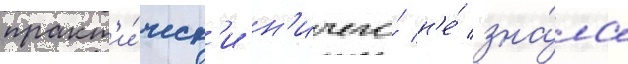
практ'и́ческ'и н'ичего́ н'е́ зна́ла